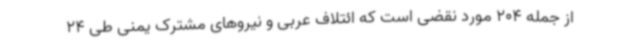
از جمله 204 مورد نقضی است که ائتلاف عربی و نیروهای مشترک یمنی طی 24